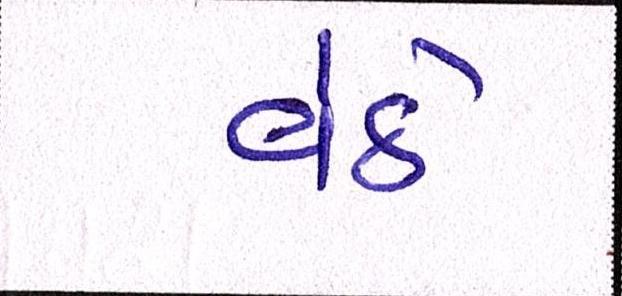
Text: વેઠે